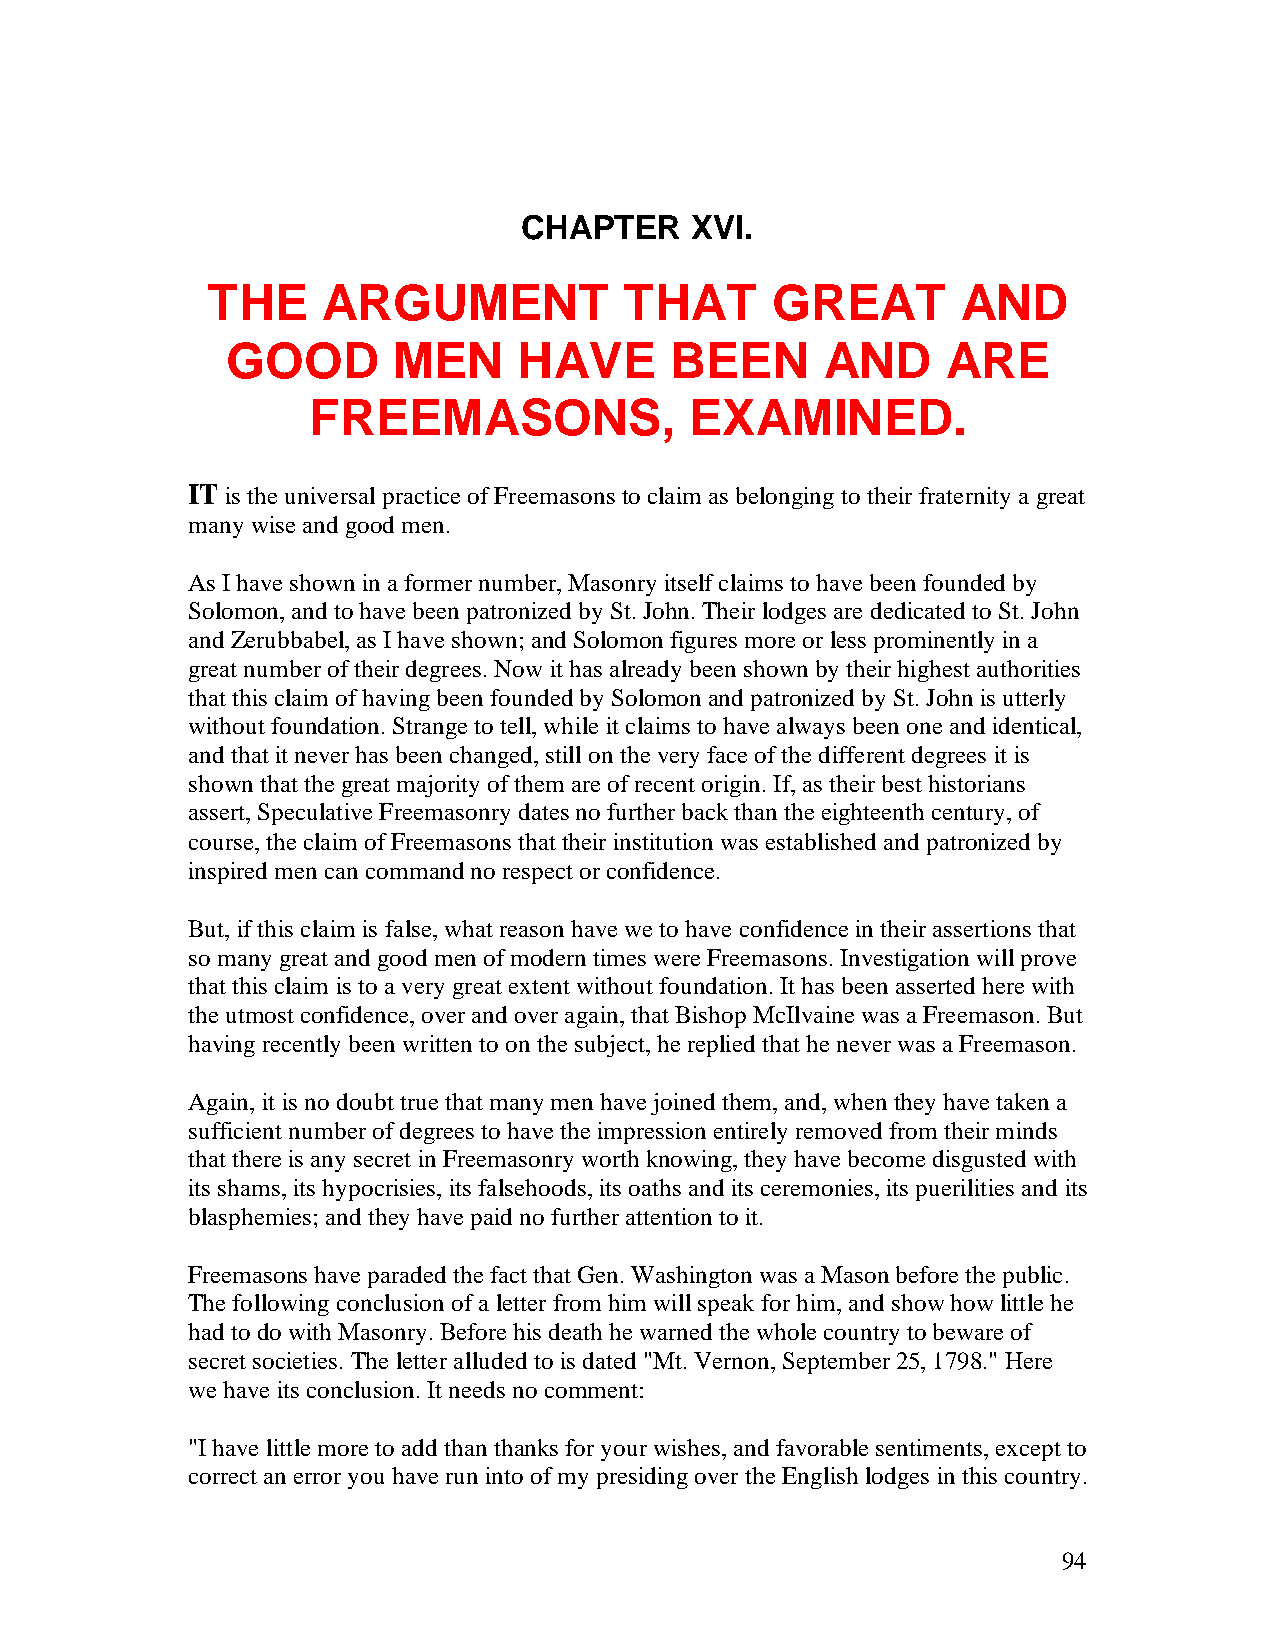
CHAPTER     XVI.
 THE    ARGUMENT            THAT      GREAT        AND
 GOOD       MEN     HAVE      BEEN       AND     ARE
 FREEMASONS,               EXAMINED.
 IT is the universal practice of Freemasons to claim as belonging to their fraternity a great
 many wise and good men.
 As I have shown in a former number, Masonry itself claims to have been founded by
 Solomon, and to have been patronized by St. John. Their lodges are dedicated to St. John
 and Zerubbabel, as I have shown; and Solomon figures more or less prominently in a
 great number of their degrees. Now it has already been shown by their highest authorities
 that this claim of having been founded by Solomon and patronized by St. John is utterly
 without foundation. Strange to tell, while it claims to have always been one and identical,
 and that it never has been changed, still on the very face of the different degrees it is
 shown that the great majority of them are of recent origin. If, as their best historians
 assert, Speculative Freemasonry dates no further back than the eighteenth century, of
 course, the claim of Freemasons that their institution was established and patronized by
 inspired men can command no respect or confidence.
 But, if this claim is false, what reason have we to have confidence in their assertions that
 so many great and good men of modern times were Freemasons. Investigation will prove
 that this claim is to a very great extent without foundation. It has been asserted here with
 the utmost confidence, over and over again, that Bishop McIlvaine was a Freemason. But
 having recently been written to on the subject, he replied that he never was a Freemason.
 Again, it is no doubt true that many men have joined them, and, when they have taken a
 sufficient number of degrees to have the impression entirely removed from their minds
 that there is any secret in Freemasonry worth knowing, they have become disgusted with
 its shams, its hypocrisies, its falsehoods, its oaths and its ceremonies, its puerilities and its
 blasphemies; and they have paid no further attention to it.
 Freemasons have paraded the fact that Gen. Washington was a Mason before the public.
 The following conclusion of a letter from him will speak for him, and show how little he
 had to do with Masonry. Before his death he warned the whole country to beware of
 secret societies. The letter alluded to is dated "Mt. Vernon, September 25, 1798." Here
 we have its conclusion. It needs no comment:
 "I have little more to add than thanks for your wishes, and favorable sentiments, except to
 correct an error you have run into of my presiding over the English lodges in this country.
 94